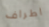
اطراف